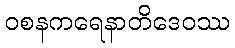
ဝစနကရေနာတိဒေဝဿ